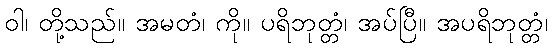
ဝါ၊ တို့သည်။ အမတံ၊ ကို။ ပရိဘုတ္တံ၊ အပ်ပြီ။ အပရိဘုတ္တံ၊